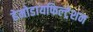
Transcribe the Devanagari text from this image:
हेमोडायफिल्ट्रेशन